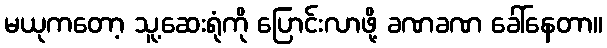
မယုကတော့ သူ့ဆေးရုံကို ပြောင်းလာဖို့ ခဏခဏ ခေါ်နေတာ။